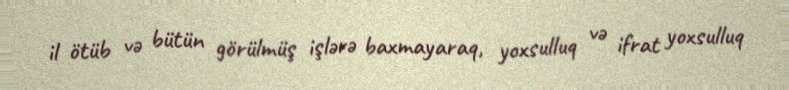
il ötüb və bütün görülmüş işlərə baxmayaraq, yoxsulluq və ifrat yoxsulluq